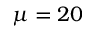
\protect \mu = 2 0